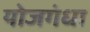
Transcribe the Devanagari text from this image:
योजगंधा